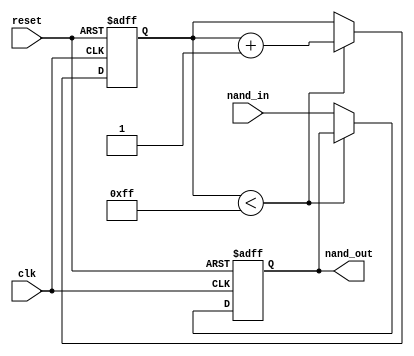
module Timing_Control_Synchronization_NAND_Delay (
    input wire clk,        // System clock input
    input wire reset,      // Reset signal input
    input wire nand_in,    // Input signal to be delayed
    output reg nand_out    // Delayed output signal
);

reg [7:0] delay_count;    // Counter for delay length

always @(posedge clk or posedge reset) begin
    if (reset) begin
        delay_count <= 8'b00000000; // Reset delay counter
        nand_out <= 1'b0;           // Initial output value
    end else begin
        // Increment delay counter
        if (delay_count < 8'd255) begin
            delay_count <= delay_count + 1;
        end else begin
            // Synchronize delayed output with input
            nand_out <= nand_in;
        end
    end
end

endmodule